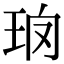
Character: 𤤱